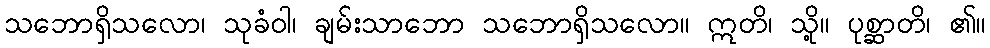
သဘောရှိသလော၊ သုခံဝါ၊ ချမ်းသာဘော သဘောရှိသလော။ ဣတိ၊ သို့။ ပုစ္ဆာတိ၊ ၏။